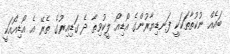
ބައެއް ނުކުތާތަކަކީ ފަނޑިޔާރުންގެ އޯޑިއޯ ލީކުވިތާ ދެ ގަޑިއިރުގެ ތެރޭ އެ އޯޑިއޯއަކީ